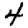
Digit: 4